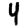
Digit: 4